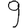
Digit: 9